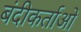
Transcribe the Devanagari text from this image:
बंदीकर्ताओं